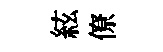
絃僚